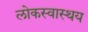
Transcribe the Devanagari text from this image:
लोकस्वास्थय